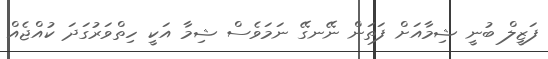
ފަޒީލް ބުނީ ޝިމާއަށް ފަތަން ނޭނގޭ ނަމަވެސް ޝިމާ އަކީ ހިތްވަރުގަދަ ކުއްޖެއް